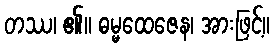
တဿ၊ ၏။ ဓမ္မထေဇေန၊ အားဖြင့်။